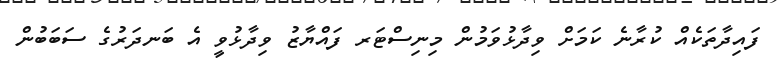
ފަައިދާތަކެއް ކުރާނެ ކަމަށް ވިދާޅުވަމުން މިނިސްޓަރ ފައްޔާޒު ވިދާޅުވީ އެ ބަނދަރުގެ ސަބަބުން